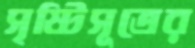
সৃষ্টিসূত্রের